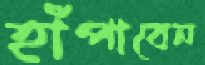
হাঁপাবেন